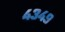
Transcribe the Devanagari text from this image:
४३४९